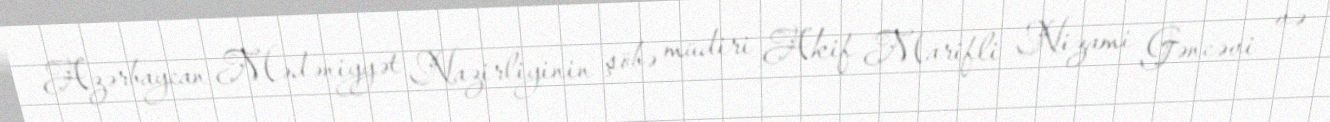
Azərbaycan Mədəniyyət Nazirliyinin şöbə müdiri Akif Marifli Nizami Gəncəvi və